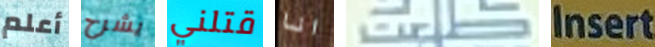
أعلم يشرح قتلني انا طلعت Insert